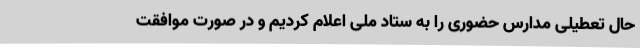
حال تعطیلی مدارس حضوری را به ستاد ملی اعلام کردیم و در صورت موافقت